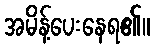
အမိန့်ပေးနေရ၏။